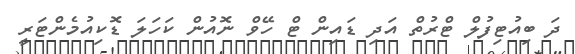
ދަ ބިއުޓިފުލް ޓްރުތް އަދި ޑައިން ޓް ހޭވް ނޮއުން ކަހަލަ ޑޮކިއުމެންޓަރީ